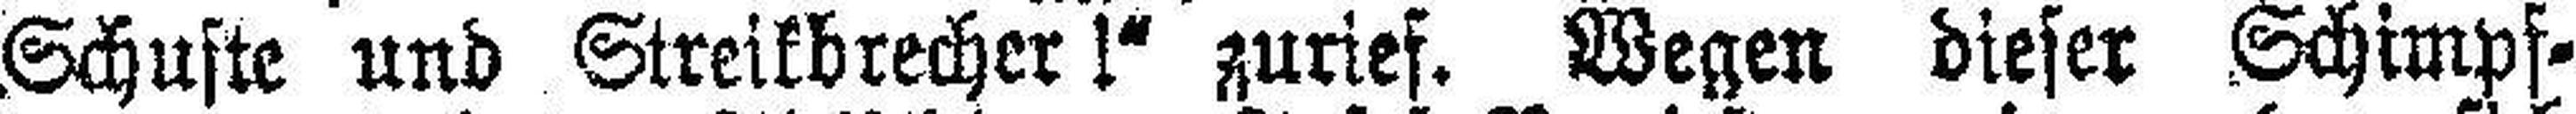
Schufte und Streikbrechers !“ zurief. Wegen dieser Schimpf¬